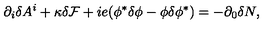
\partial _ { i } \delta A ^ { i } + \kappa { \cal \delta F } + i e ( \phi ^ { * } \delta \phi - \phi \delta \phi ^ { * } ) = - \partial _ { 0 } \delta N ,